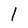
Character: 1